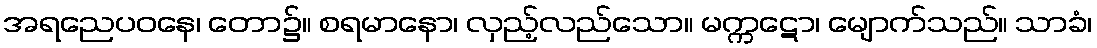
အရညေပဝနေ၊ တော၌။ စရမာနော၊ လှည့်လည်သော။ မက္ကဋော၊ မျောက်သည်။ သာခံ၊